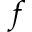
f